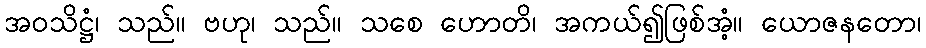
အဝသိဋ္ဌံ၊ သည်။ ဗဟု၊ သည်။ သစေ ဟောတိ၊ အကယ်၍ဖြစ်အံ့။ ယောဇနတော၊